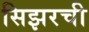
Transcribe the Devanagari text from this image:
सिझरची